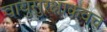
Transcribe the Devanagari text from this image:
वायुसुरक्षाकवच